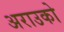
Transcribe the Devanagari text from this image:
अराउको